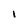
Character: l